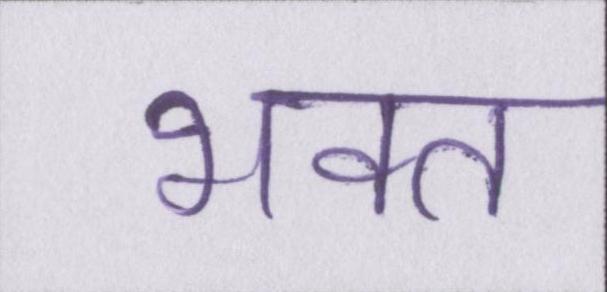
भक्त